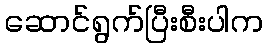
ဆောင်ရွက်ပြီးစီးပါက